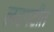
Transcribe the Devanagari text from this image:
लटपटीत